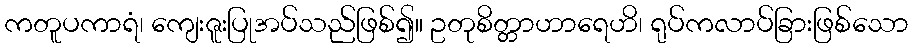
ကတူပကာရံ၊ ကျေးဇူးပြုအပ်သည်ဖြစ်၍။ ဥတုစိတ္တာဟာရေဟိ၊ ရုပ်ကလာပ်ခြားဖြစ်သော